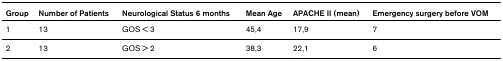
<table><thead><tr><td><b>Group</b></td><td><b>Number of Patients</b></td><td><b>Neurological Status 6 months</b></td><td><b>Mean Age</b></td><td><b>APACHE II (mean)</b></td><td><b>Emergency surgery before VOM</b></td></tr></thead><tbody><tr><td>1</td><td>13</td><td>GOS &lt; 3</td><td>45,4</td><td>17,9</td><td>7</td></tr><tr><td>2</td><td>13</td><td>GOS &gt; 2</td><td>38,3</td><td>22,1</td><td>6</td></tr></tbody></table>